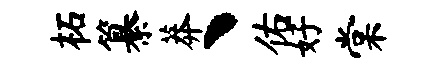
柘纂莽丶佑好棠